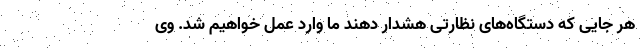
هر جایی که دستگاه‌های نظارتی هشدار دهند ما وارد عمل خواهیم شد. وی